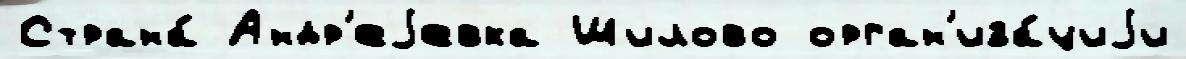
Страна́ Андр'еjевка Шилово орган'иза́циjи